Indian journal of veterinary science and animal husbandry - Volumes 24-25, 1954-1955
Year: 1954
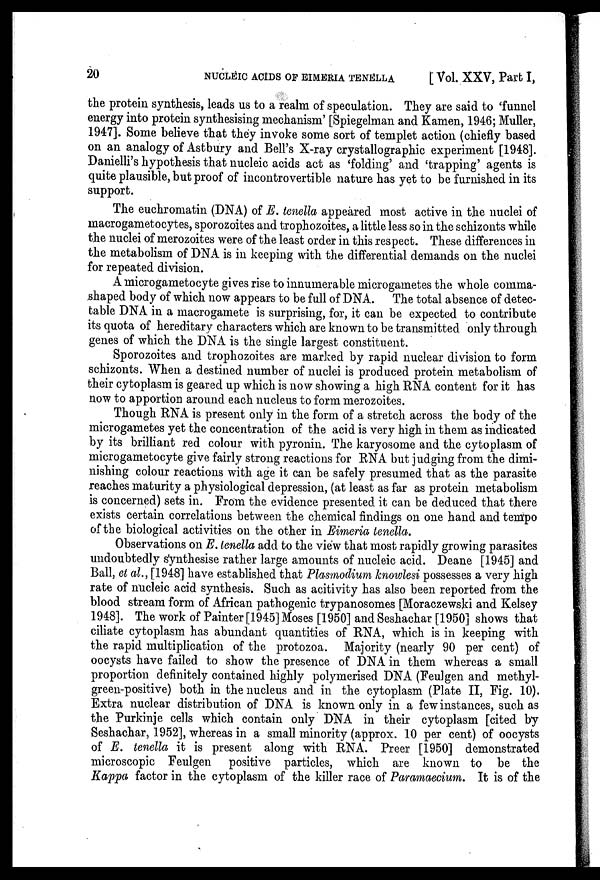
20
NUCLEIC ACIDS OF EIMERIA TENELLA
[Vol. XXV, Part I,
the protein synthesis, leads us to a realm of speculation. They are said to 'funnel
energy into protein synthesising mechanism' [Spiegelman and Kamen, 1946; Muller,
1947]. Some believe that they invoke some sort of templet action (chiefly based
on an analogy of Astbury and Bell's X-ray crystallographic experiment [1948].
Danielli's hypothesis that nucleic acids act as 'folding' and 'trapping' agents is
quite plausible, but proof of incontrovertible nature has yet to be furnished in its
support.
The euchromatin (DNA) of E. tenella appeared most active in the nuclei of
macrogametocytes, sporozoites and trophozoites, a little less so in the schizonts while
the nuclei of merozoites were of the least order in this respect. These differences in
the metabolism of DNA is in keeping with the differential demands on the nuclei
for repeated division.
A microgametocyte gives rise to innumerable microgametes the whole comma-
shaped body of which now appears to be full of DNA. The total absence of detec-
table DNA in a macrogamete is surprising, for, it can be expected to contribute
its quota of hereditary characters which are known to be transmitted only through
genes of which the DNA is the single largest constituent.
Sporozoites and trophozoites are marked by rapid nuclear division to form
schizonts. When a destined number of nuclei is produced protein metabolism of
their cytoplasm is geared up which is now showing a high RNA content for it has
now to apportion around each nucleus to form merozoites.
Though RNA is present only in the form of a stretch across the body of the
microgametes yet the concentration of the acid is very high in them as indicated
by its brilliant red colour with pyronin. The karyosome and the cytoplasm of
microgametocyte give fairly strong reactions for RNA but judging from the dimi-
nishing colour reactions with age it can be safely presumed that as the parasite
reaches maturity a physiological depression, (at least as far as protein metabolism
is concerned) sets in. From the evidence presented it can be deduced that there
exists certain correlations between the chemical findings on one hand and tempo
of the biological activities on the other in Eimeria tenella.
Observations on E. tenella add to the view that most rapidly growing parasites
undoubtedly synthesise rather large amounts of nucleic acid. Deane [1945] and
Ball, et al., [1948] have established that Plasmodium knowlesi possesses a very high
rate of nucleic acid synthesis. Such as acitivity has also been reported from the
blood stream form of African pathogenic trypanosomes [Moraczewski and Kelsey
1948]. The work of Painter [1945] Moses [1950] and Seshachar [1950] shows that
ciliate cytoplasm has abundant quantities of RNA, which is in keeping with
the rapid multiplication of the protozoa. Majority (nearly 90 per cent) of
oocysts have failed to show the presence of DNA in them whereas a small
proportion definitely contained highly polymerised DNA (Feulgen and methyl-
green-positive) both in the nucleus and in the cytoplasm (Plate II, Fig. 10).
Extra nuclear distribution of DNA is known only in a few instances, such as
the Purkinje cells which contain only DNA in their cytoplasm [cited by
Seshachar, 1952], whereas in a small minority (approx. 10 per cent) of oocysts
of E. tenella it is present along with RNA. Preer [1950] demonstrated
microscopic Feulgen positive particles, which are known to be the
Kappa factor in the cytoplasm of the killer race of Paramaecium. It is of the